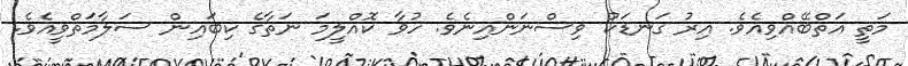
މަތީ އަތްބޭއްވިއެވެ. އިރު ގަނޑަކު ވިސްނަންއިނެވެ. ހުވާ ކޮއްލީމަ ނަތާގެ ކިބައިން ސަލާމަތްވީއެވެ.